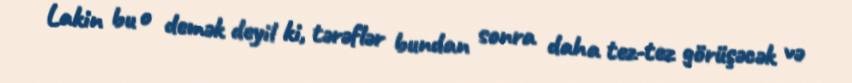
Lakin bu o demək deyil ki, tərəflər bundan sonra daha tez-tez görüşəcək və